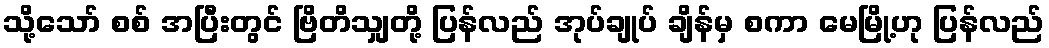
သို့သော် စစ် အပြီးတွင် ဗြိတိသျှတို့ ပြန်လည် အုပ်ချုပ် ချိန်မှ စကာ မေမြို့ဟု ပြန်လည်